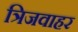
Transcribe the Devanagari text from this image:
त्रिजवाहर